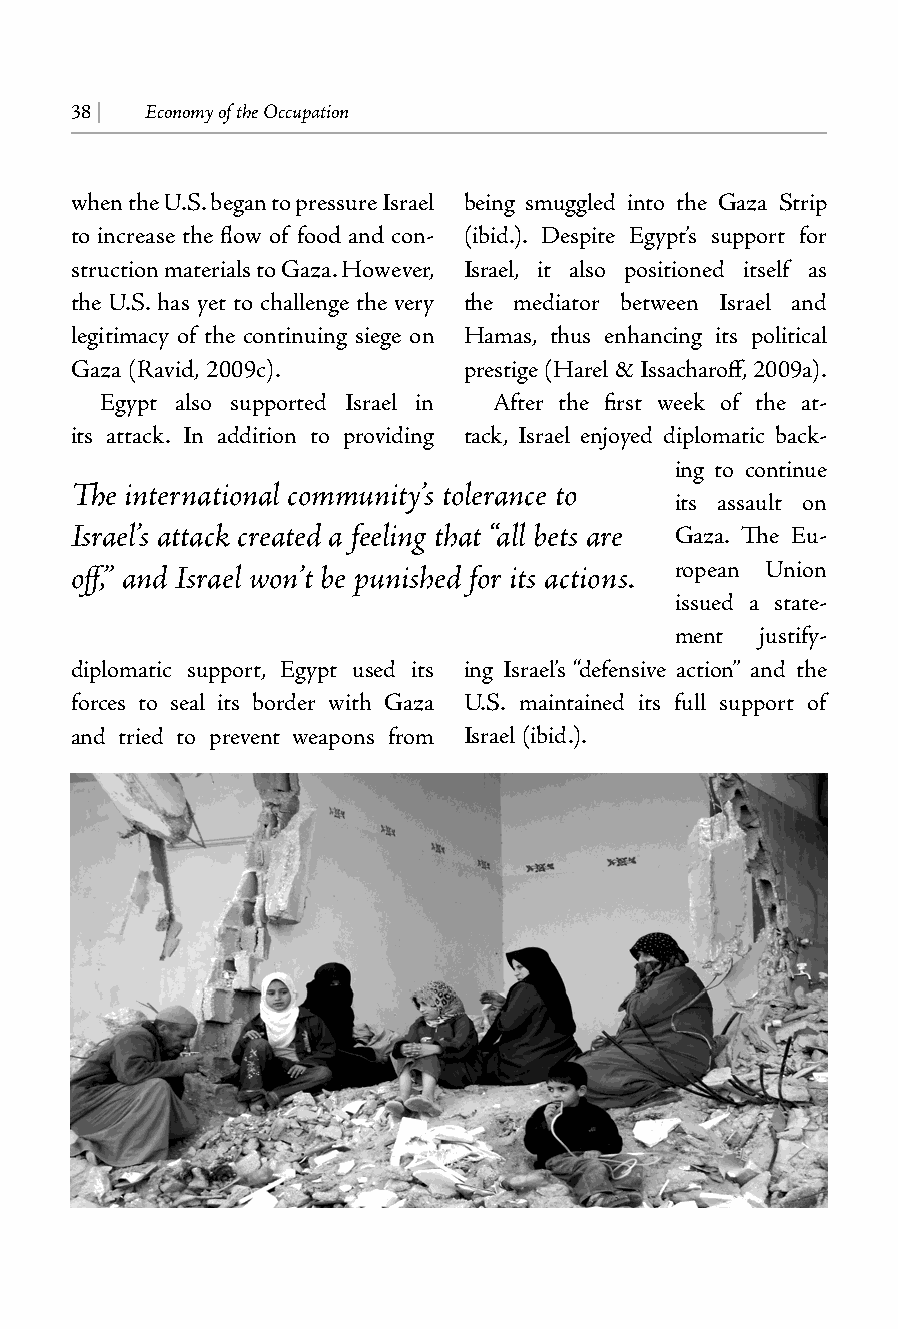
38 | Economy of the Occupation
 when the U.S. began to pressure Israel being smuggled into the Gaza Strip
 to increase the flow of food and con- (ibid.). Despite Egypt’s support for
 struction materials to Gaza. However, Israel, it also positioned itself as
 the U.S. has yet to challenge the very the mediator between Israel and
 legitimacy of the continuing siege on Hamas, thus enhancing its political
 Gaza (Ravid, 2009c).      prestige (Harel & Issacharoff, 2009a).
 Egypt also supported Israel in After the first week of the at-
 its attack. In addition to providing tack, Israel enjoyed diplomatic back-
 ing to continue
 The international community’s tolerance to
 its assault on
 Israel’s attack created a feeling that “all bets are Gaza. The Eu-
 off,” and Israel won’t be punished for its actions. ropean Union
 issued a state-
 ment justify-
 diplomatic support, Egypt used its ing Israel’s “defensive action” and the
 forces to seal its border with Gaza U.S. maintained its full support of
 and tried to prevent weapons from Israel (ibid.).